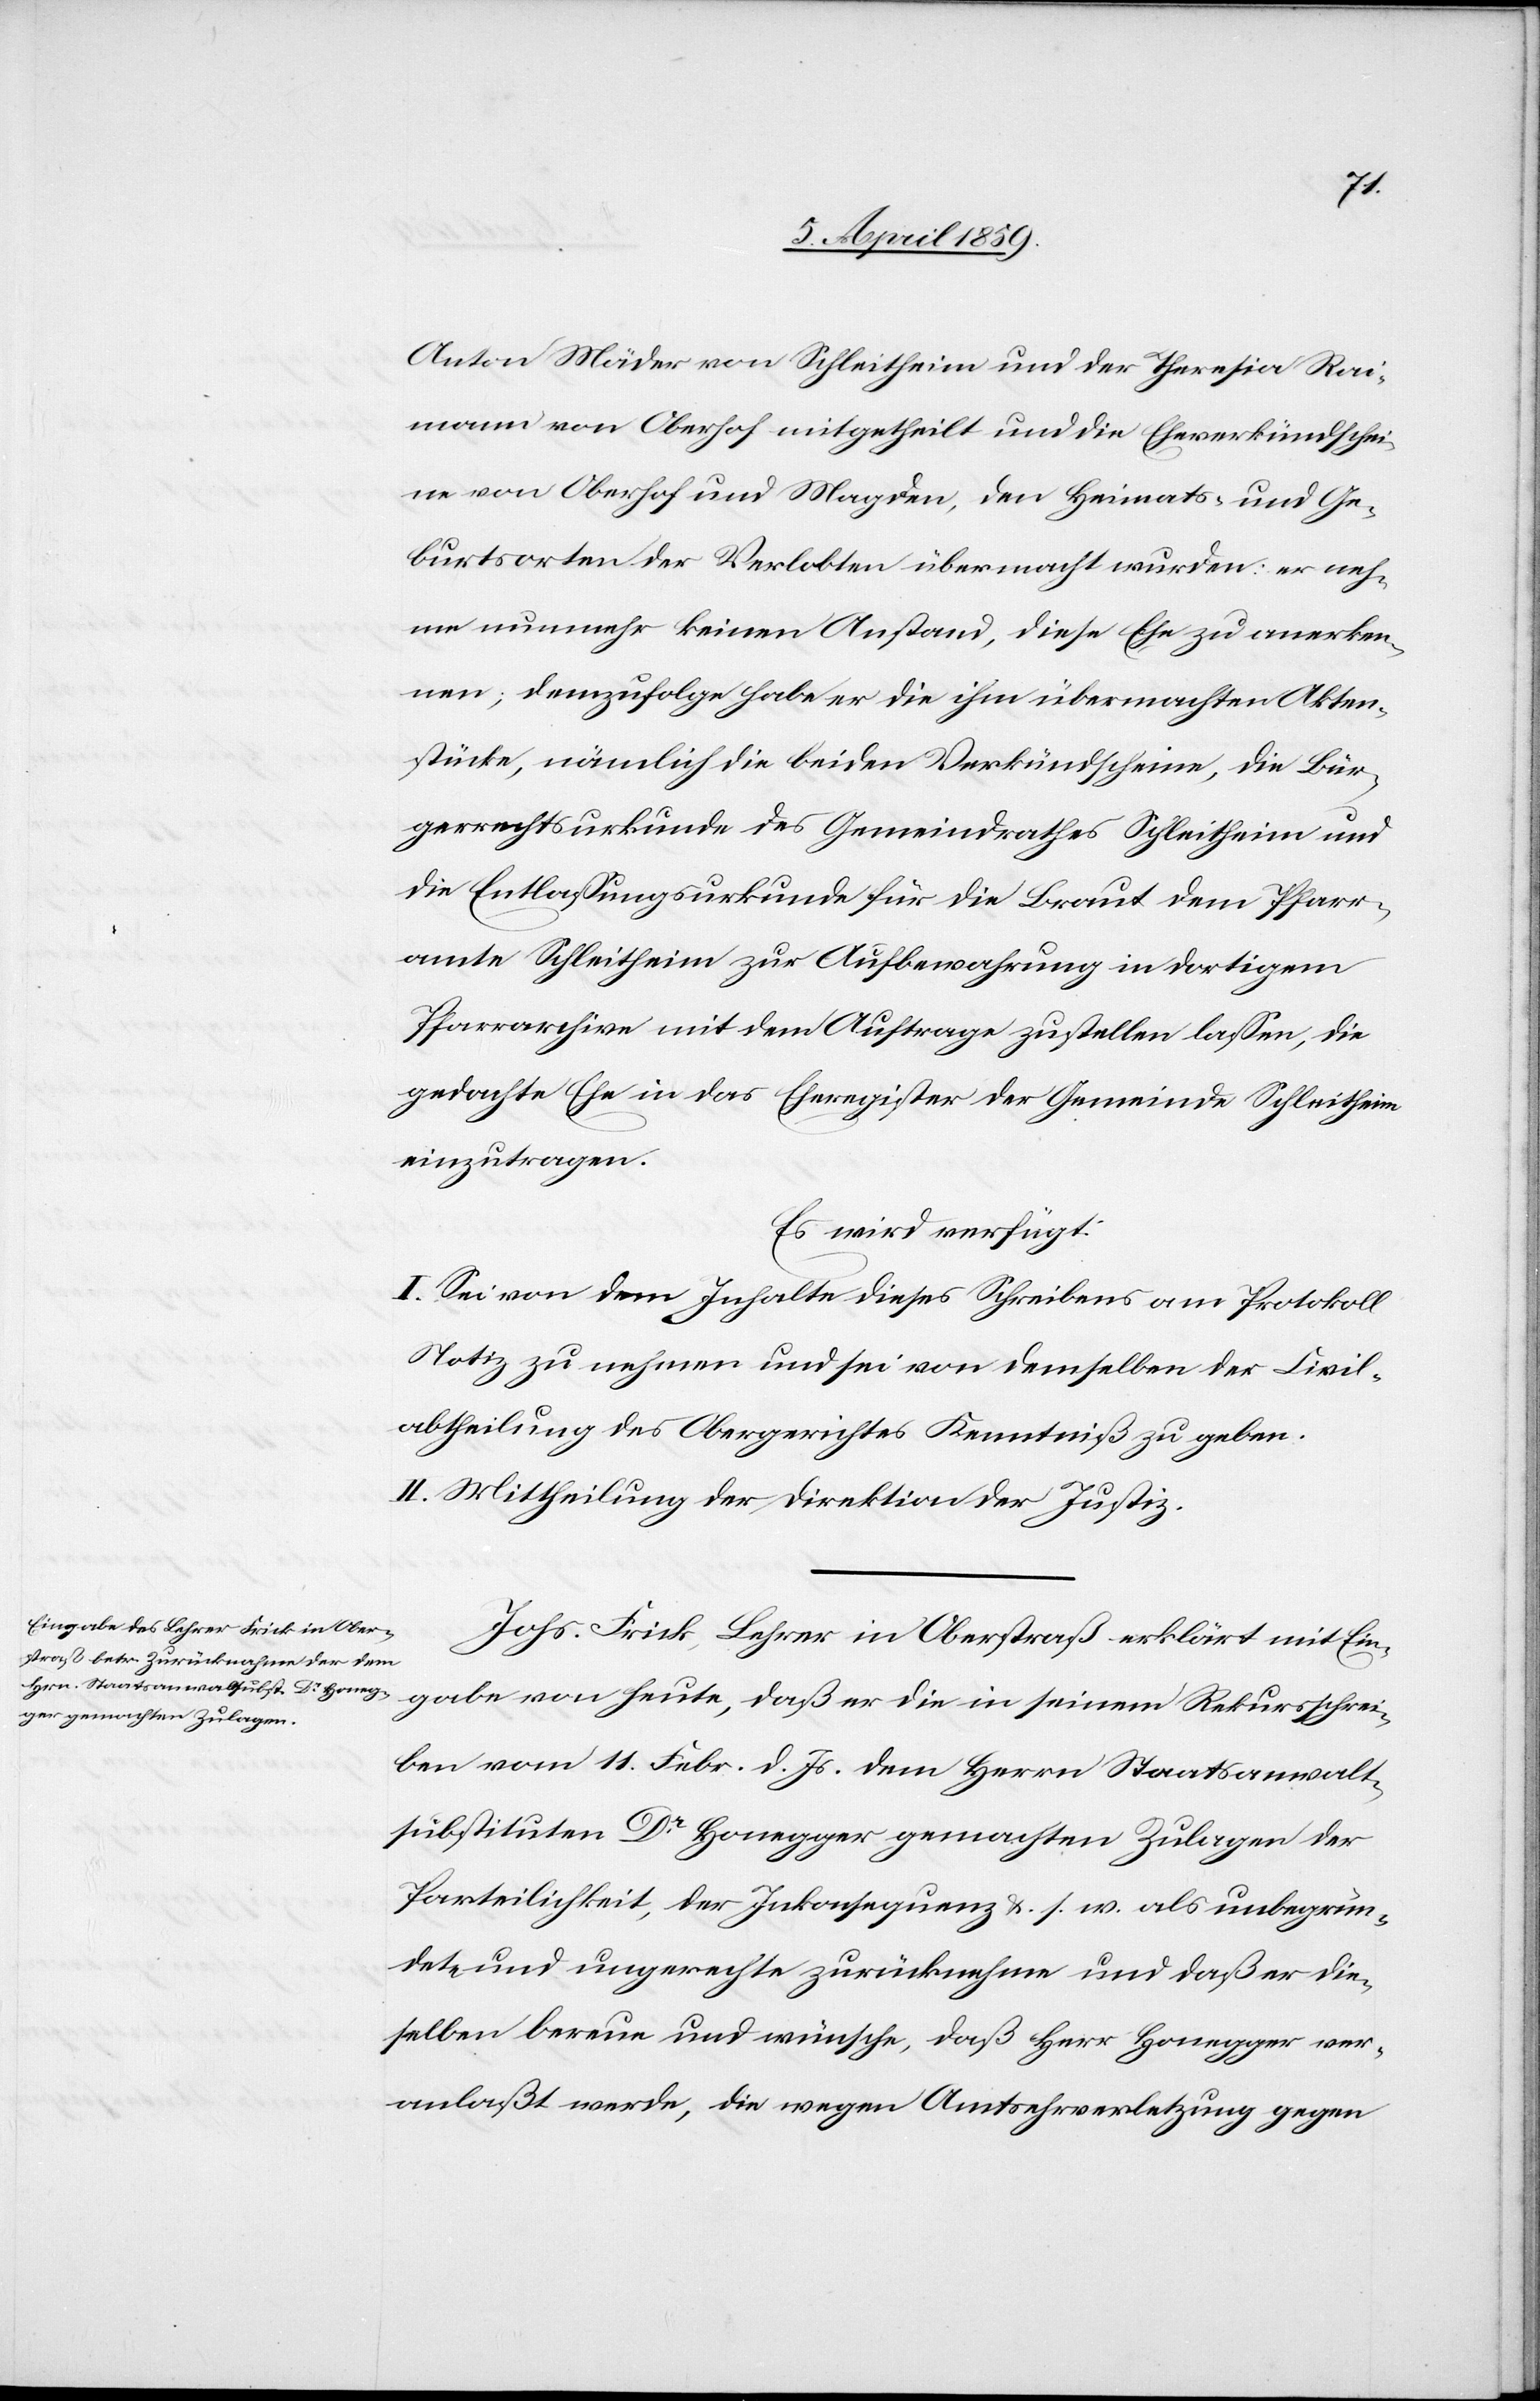
Anton Mäder von Schleitheim und der Theresia Rai¬
mann von Oberhof mitgetheilt und die Eheverkündschei¬
ne von Oberhof und Magden, den Heimats- und Ge¬
burtsorten der Verlobten übermacht wurden: er neh¬
me nunmehr keinen Anstand, diese Ehe zu anerken¬
nen; demzufolge habe er die ihm übermachten Akten¬
stücke, nämlich die beiden Verkündscheine, die Bür¬
gerrechtsurkunde des Gemeindrathes Schleitheim und
die Entlaßungsurkunde für die Braut dem Pfarr¬
amte Schleitheim zur Aufbewahrung in dortigem
Pfarrarchive mit dem Auftrage zustellen laßen, die
gedachte Ehe in das Eheregister der Gemeinde Schleitheim
einzutragen.
Es wird verfügt:
I. Sei von dem Inhalte dieses Schreibens am Protokoll
Notiz zu nehmen und sei von demselben der Civil¬
abtheilung des Obergerichtes Kenntniß zu geben.
II. Mittheilung der Direktion der Justiz.
Johs. Frick, Lehrer in Oberstraß erklärt mit Ein¬
gabe von heute, daß er die in seinem Rekursschrei¬
ben vom 11. Febr. d. Js. dem Herrn Staatsanwalt¬
substituten Dr. Honegger gemachten Zulagen der
Parteilichkeit, der Inkonsequenz u. s. w. als unbegrün¬
dete und ungerechte zurücknehme und daß er die¬
selben bereue und wünsche, daß Herr Honegger ver¬
anlaßt werde, die wegen Amtsehrverletzung gegen